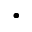
\cdot